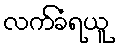
လက်ခံရယူ